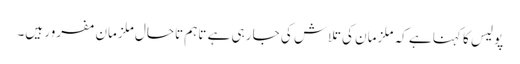
پولیس کا کہنا ہے کہ ملزمان کی تلاش کی جا رہی ہے تاہم تاحال ملزمان مفرور ہیں۔